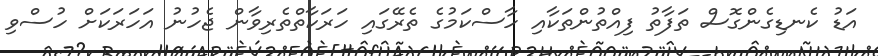
އަޑު ކެނޑިގެންގޮސް ތަފާތު ފިއްތުންތަކާއި ހާސްކަމުގެ ތެރޭގައި ހަރަކާތްތެރިވާން ޖެހުނު އަހަރަކަށް ހުސްވި